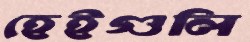
হেইগুলি